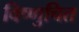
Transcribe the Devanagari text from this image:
विष्णुचित